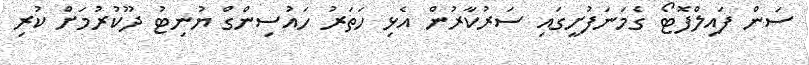
ސަން ފައިލްފޮޓޯ ގެމަނަފުށީގައި ސަރުކާރުން އެޅި ހަތަރު ހައުސިންގް ޔުނިޓު ދޫކުރުމަށް ކުރި